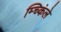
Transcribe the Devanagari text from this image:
म्च्किंले